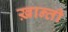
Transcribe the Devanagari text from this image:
ख़ान्ती